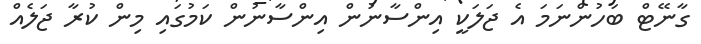
ގާނޭޓް ބަހުންނަމަ އެ ޖަލަކީ އިންސާނުން އިންސާނުން ކަމުގައި މިން ކުރާ ޖަލެއް